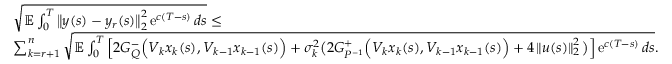
\begin{array} { r l } & { \sqrt { \mathbb E \int _ { 0 } ^ { T } \left\| y ( s ) - y _ { r } ( s ) \right\| _ { 2 } ^ { 2 } \operatorname { e } ^ { c ( T - s ) } d s } \leq } \\ & { \sum _ { k = r + 1 } ^ { n } \sqrt { \mathbb E \int _ { 0 } ^ { T } \left[ 2 G _ { Q } ^ { - } \Big ( V _ { k } x _ { k } ( s ) , V _ { k - 1 } x _ { k - 1 } ( s ) \Big ) + \sigma _ { k } ^ { 2 } \big ( 2 G _ { P ^ { - 1 } } ^ { + } \Big ( V _ { k } x _ { k } ( s ) , V _ { k - 1 } x _ { k - 1 } ( s ) \Big ) + 4 \left\| u ( s ) \right\| _ { 2 } ^ { 2 } \big ) \right] \operatorname { e } ^ { c ( T - s ) } d s } . } \end{array}